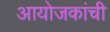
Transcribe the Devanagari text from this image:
आयोजकांची